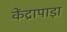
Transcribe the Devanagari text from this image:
केंद्रापाड़ा